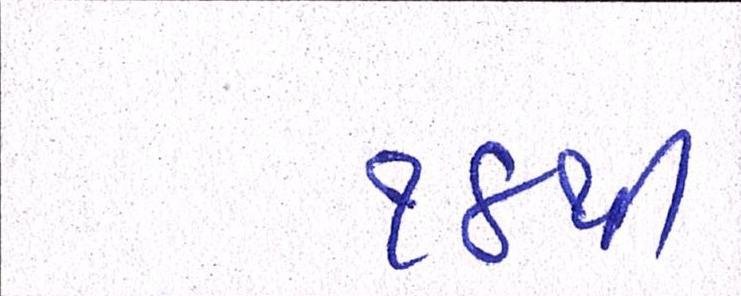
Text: ૧૪થી